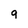
Character: q